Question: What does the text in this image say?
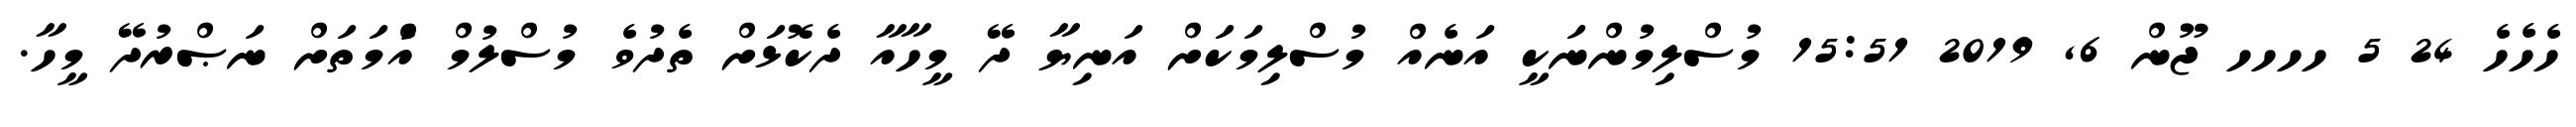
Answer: ހެހެހެ 24 5 ހހހހ ޖޫން 6, 2019 15:51 މުސްލިމުންނަކީ އަނެއް މުސްލިމަކަށް އަނިޔާ ދޭ މީހާއާ ދެކޮޅަށް ތެދުވެ މުސްލުމް އުެްމަތަށް ނަޞްރުދޭ މީހާ.